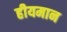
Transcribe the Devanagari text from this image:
हीयमान